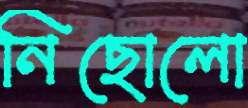
নিছোলো